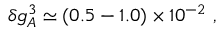
\delta g _ { A } ^ { 3 } \simeq ( 0 . 5 - 1 . 0 ) \times 1 0 ^ { - 2 } \ ,